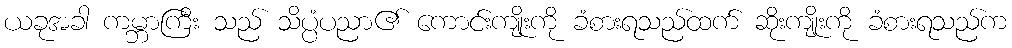
ယခုအခါ ကမ္ဘာကြီး သည် သိပ္ပံပညာ၏ ကောင်းကျိုးကို ခံစားရသည်ထက် ဆိုးကျိုးကို ခံစားရသည်က